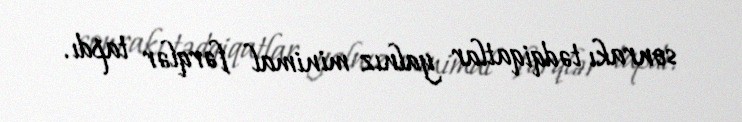
sonrakı tədqiqatlar yalnız minimal fərqlər tapdı.